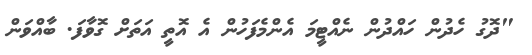
"ދޮގު ހެދުން ހައްދުން ނެއްޓީމަ އެންމެފަހުން އެ އޮތީ އަތަށް ގޮވާފަ. ބާއްވަން